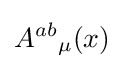
A^{ab}{}_{\mu }(x)